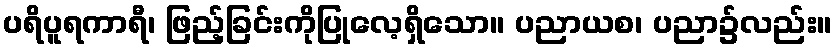
ပရိပူရကာရီ၊ ဖြည့်ခြင်းကိုပြုလေ့ရှိသော။ ပညာယစ၊ ပညာ၌လည်း။